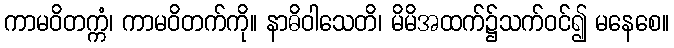
ကာမဝိတက္ကံ၊ ကာမဝိတက်ကို။ နာဓိဝါသေတိ၊ မိမိအထက်၌သက်ဝင်၍ မနေစေ။